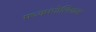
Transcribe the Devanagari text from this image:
मध्यमंगोलियावर